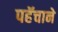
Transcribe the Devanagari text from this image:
पहॅचाने